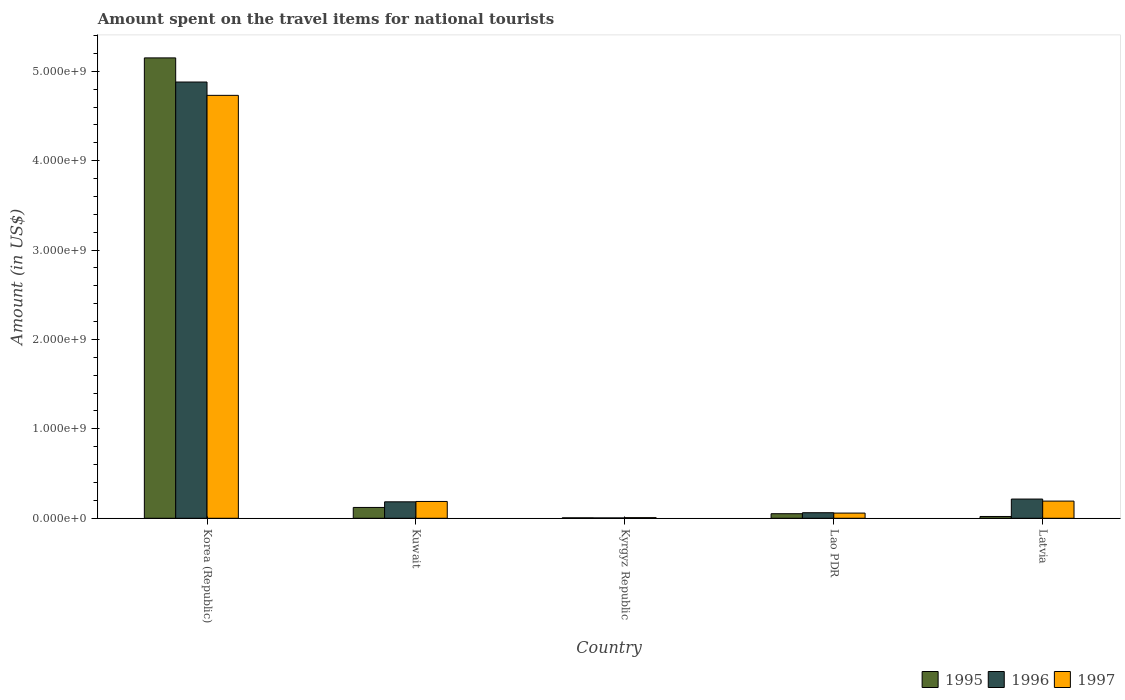
| Country | 1995 | 1996 | 1997 |
 | --- | --- | --- | --- |
 | Korea (Republic) | 5.15e+09 | 4.88e+09 | 4.73e+09 |
 | Kuwait | 1.21e+08 | 1.84e+08 | 1.88e+08 |
 | Kyrgyz Republic | 5e+06 | 4e+06 | 7e+06 |
 | Lao PDR | 5.1e+07 | 6.2e+07 | 5.8e+07 |
 | Latvia | 2e+07 | 2.15e+08 | 1.92e+08 |